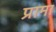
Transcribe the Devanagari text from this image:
प्रामा